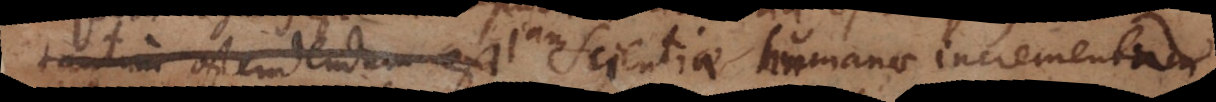
tantum ostendendum est scientiae humanae incrementum